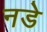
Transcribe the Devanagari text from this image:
नडे